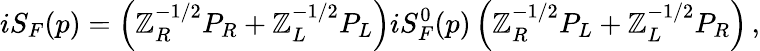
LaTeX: iS_{F}(p)=\left(\mathbb{Z}_{R}^{-1/2}P_{R}+\mathbb{Z}_{L}^{-1/2}P_{L}\right)iS_{F}^{0}(p)\left(\mathbb{Z}_{R}^{-1/2}P_{L}+\mathbb{Z}_{L}^{-1/2}P_{R}\right)\, ,